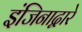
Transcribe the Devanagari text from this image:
इंजिनाद्वारे